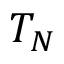
T _ { N }